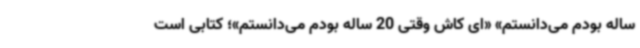
ساله بودم می‌دانستم» «ای کاش وقتی 20 ساله بودم می‌دانستم»؛ کتابی است